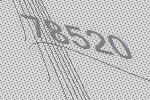
78520